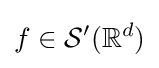
f\in {\mathcal {S}}'(\mathbb {R} ^{d})